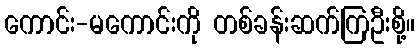
ကောင်း-မကောင်းကို တစ်ခန်းဆက်ကြဦးစို့။